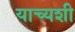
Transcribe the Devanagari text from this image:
याच्यशी